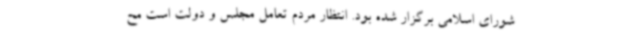
شورای اسلامی برگزار شده بود. انتظار مردم تعامل مجلس و دولت است مح